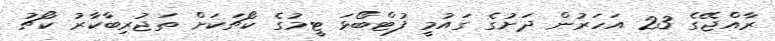
ރާއްޖޭގެ 23 އަހަރުން ދަށުގެ ގައުމީ ފުޓްބޯޅަ ޓީމުގެ ކޯޗަކަށް ތަޖުރިބާކާރު ކޯޗު